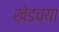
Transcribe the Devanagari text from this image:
खेडच्या